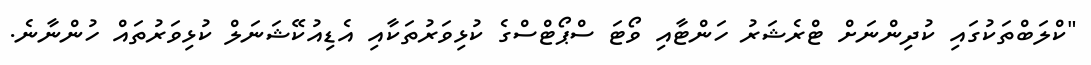
"ކްލަބްތަކުގައި ކުދިންނަށް ޓްރެޝަރު ހަންޓާއި ވޯޓަ ސްޕޯޓްސްގެ ކުޅިވަރުތަކާއި އެޑިއުކޭޝަނަލް ކުޅިވަރުތައް ހުންނާނެ.